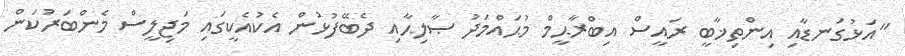
"އަޅުގަނޑާއި އިންތިޚާބީ ރައީސް އިބްރާޙީމް މުޙައްމަދު ޞާލިޙާއި ދެބޭފުޅުން އެކުއެކީގައި މަޖިލީސް މެންބަރުކަން